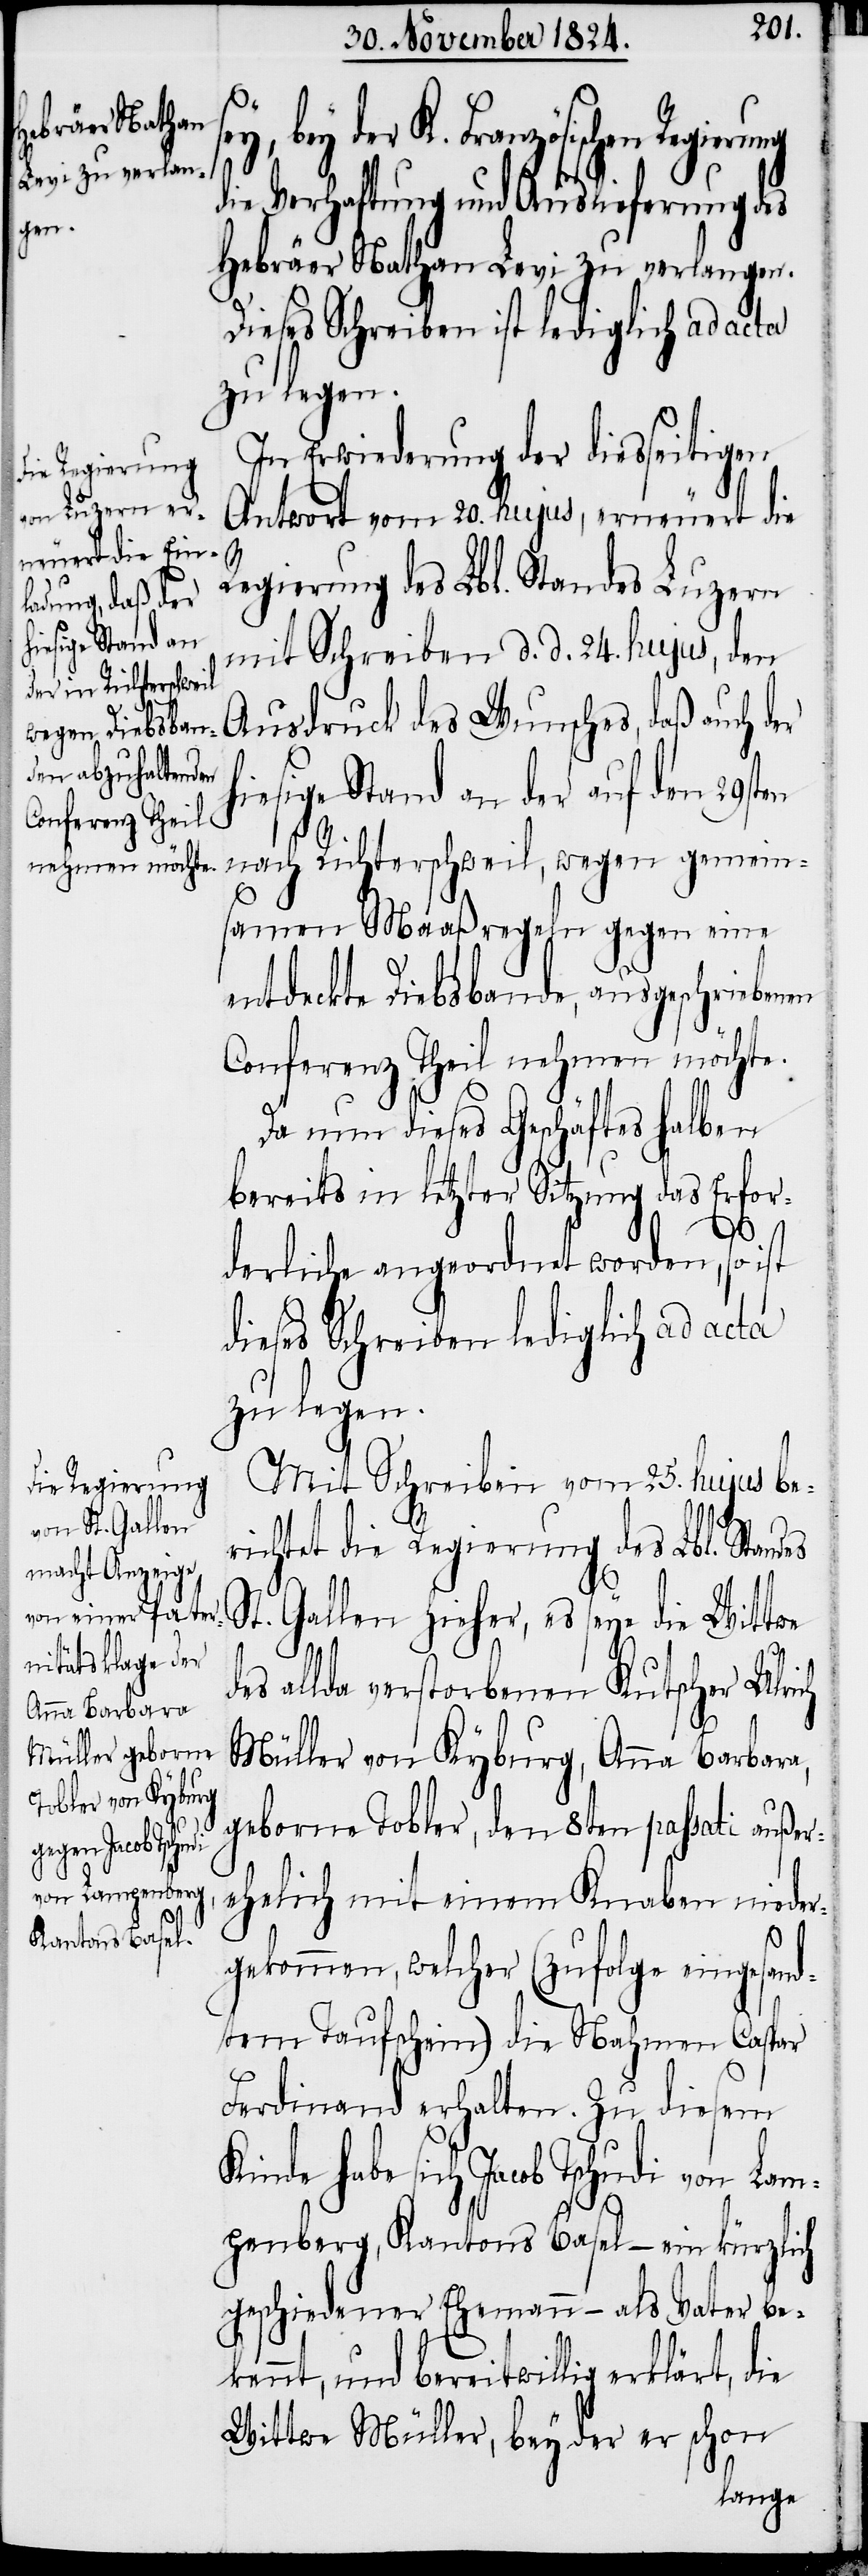
h¬
en

der K. Französischen
die Verhaftung und Auslieferung des
Hebräer Nathan Levi zu verlangen.
Dieses Schreiben ist lediglich ad acta
zu legen.
In Erwiederung der diesseitigen
Antwort vom 20. hujus, erneuert die
Regierung des Lbl. Standes Luzern
mit Schreiben d. d. 24. hujus, den
Ausdruck des Wunsches, daß auch der
iesige Stand an der auf den 29sten
nach Richterschweil, wegen gemein¬
samen Maaßregeln gegen eine
entdeckte Diebsbande, ausgeschrieben¬
Conferenz Theil nehmen möchte.
Da nun dieses Geschäftes halben
bereits in letzter Sitzung das Erfor¬
derliche angeordnet worden, so ist
dieses Schreiben lediglich ad acta
zu legen.
Mit Schreiben vom 25. hujus be¬
richtet die Regierung des Lbl. Stand¬
St. Gallen hieher, es seye die Wittwe
des allda verstorbenen Kutscher Ulrich
Müller von Kyburg, Anna Barbara,
geborne Tobler, den 8ten passati außer¬
ehelich mit einem Knaben niede¬
es
rgekommen, welcher (zufolge eingesand¬
tem Taufschein) die Nahmen Caspar
Ferdinand erhalten. Zu diesem
Kinde habe sich Jacob Tschudi von Lam¬
penberg, Kantons Basel – ein kürzlich
geschiedener Ehemann – als Vater be¬
kennt, und bereitwillig erklärt, die
Wittwe Müller, bey der er schon